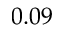
0 . 0 9